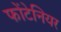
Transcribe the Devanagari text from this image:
फोंटेनियर